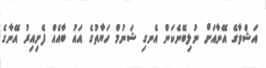
އަޝްވާގެ އޭނާއަށް ނުލިބޭނެކަން އެނގި ޝަނުމް ހަޔާތުގެ އައު ބާއެއް ފެށިއިރު އޭނާގެ